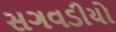
સગવડીયો